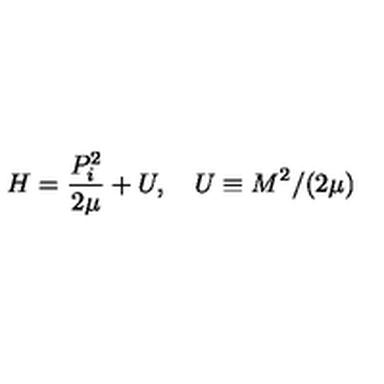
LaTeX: H = \frac { P _ { i } ^ { 2 } } { 2 \mu } + U , \quad U \equiv M ^ { 2 } / ( 2 \mu )